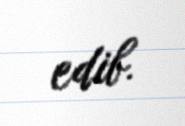
edib.